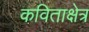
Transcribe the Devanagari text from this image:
कविताक्षेत्र